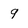
Character: 9